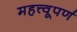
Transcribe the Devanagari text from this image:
महत्त्वूपर्ण